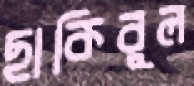
ছাকিবুল